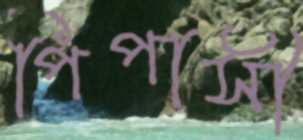
পিপাসী